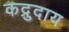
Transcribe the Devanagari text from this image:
कद्रुदाय